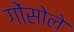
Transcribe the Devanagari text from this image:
गोंसोले